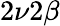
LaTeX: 2\nu 2\beta